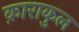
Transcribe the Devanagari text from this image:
क़ाराकुल